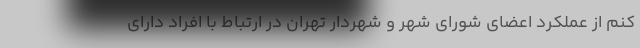
کنم از عملکرد اعضای شورای شهر و شهردار تهران در ارتباط با افراد دارای